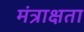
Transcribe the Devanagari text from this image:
मंत्राक्षता